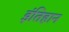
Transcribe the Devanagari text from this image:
इंतिहान